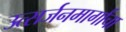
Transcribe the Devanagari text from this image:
उत्सर्जनमार्गांचा